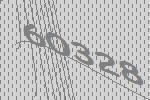
60328